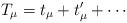
\begin{align*}T_\mu = t_\mu + t'_\mu + \cdots \end{align*}